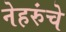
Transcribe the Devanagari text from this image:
नेहरुंचे